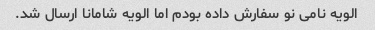
الویه نامی نو سفارش داده بودم اما الویه شامانا ارسال شد.